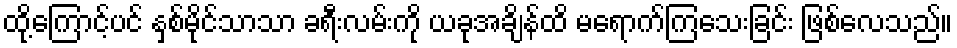
ထို့ကြောင့်ပင် နှစ်မိုင်သာသာ ခရီးလမ်းကို ယခုအချိန်ထိ မရောက်ကြသေးခြင်း ဖြစ်လေသည်။